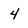
Character: 4